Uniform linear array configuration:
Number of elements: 32
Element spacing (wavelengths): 0.5
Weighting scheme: uniform
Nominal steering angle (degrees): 45
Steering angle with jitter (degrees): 44.171
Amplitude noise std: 0.05
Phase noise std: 0.05

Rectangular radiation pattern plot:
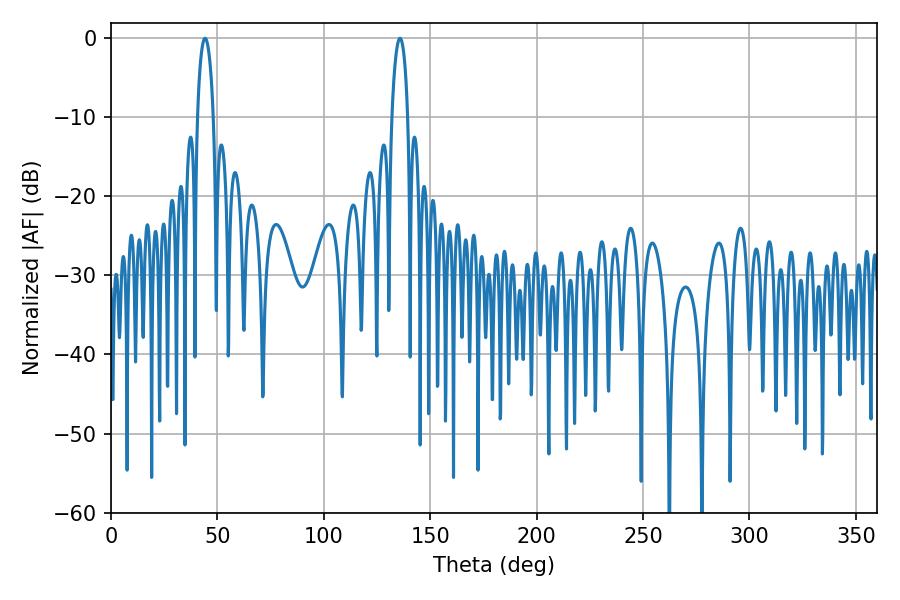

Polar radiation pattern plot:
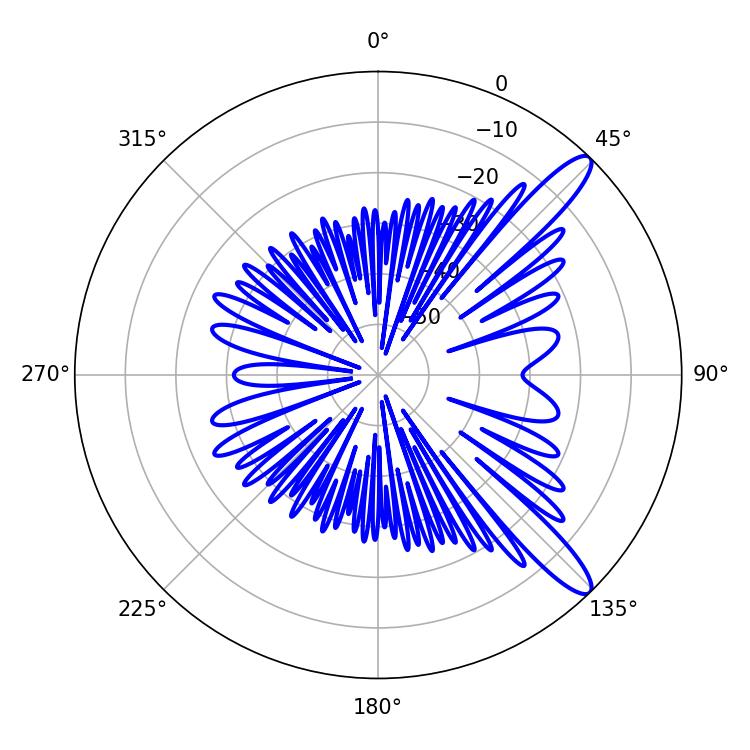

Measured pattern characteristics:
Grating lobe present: FALSE
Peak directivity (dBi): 12.224
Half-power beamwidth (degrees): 4.32
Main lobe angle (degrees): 44.28